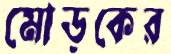
মোড়কের